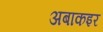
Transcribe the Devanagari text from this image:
अबाकइर